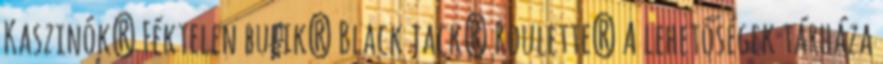
Kaszinók? Féktelen bulik? Black jack? Roulette? A lehetőségek tárháza